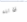
قاتلة